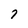
Character: 7